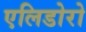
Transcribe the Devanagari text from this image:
एलिडोरो